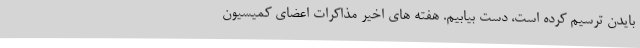
بایدن ترسیم کرده است، دست بیابیم. هفته های اخیر مذاکرات اعضای کمیسیون